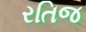
રતિજ